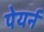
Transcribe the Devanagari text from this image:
पेयर्न